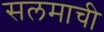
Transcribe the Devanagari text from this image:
सलमाची